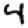
Digit: 4